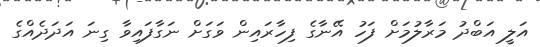
އަލީ އަބްދު މަރާލުމަށް ފަހު އޭނާގެ ފިހާރައިން ވަގަށް ނަގާފައިވާ ގިނަ އަދަދެއްގެ